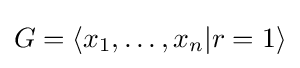
G=\langle x_{1},\dots ,x_{n}|r=1\rangle